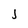
Character: j